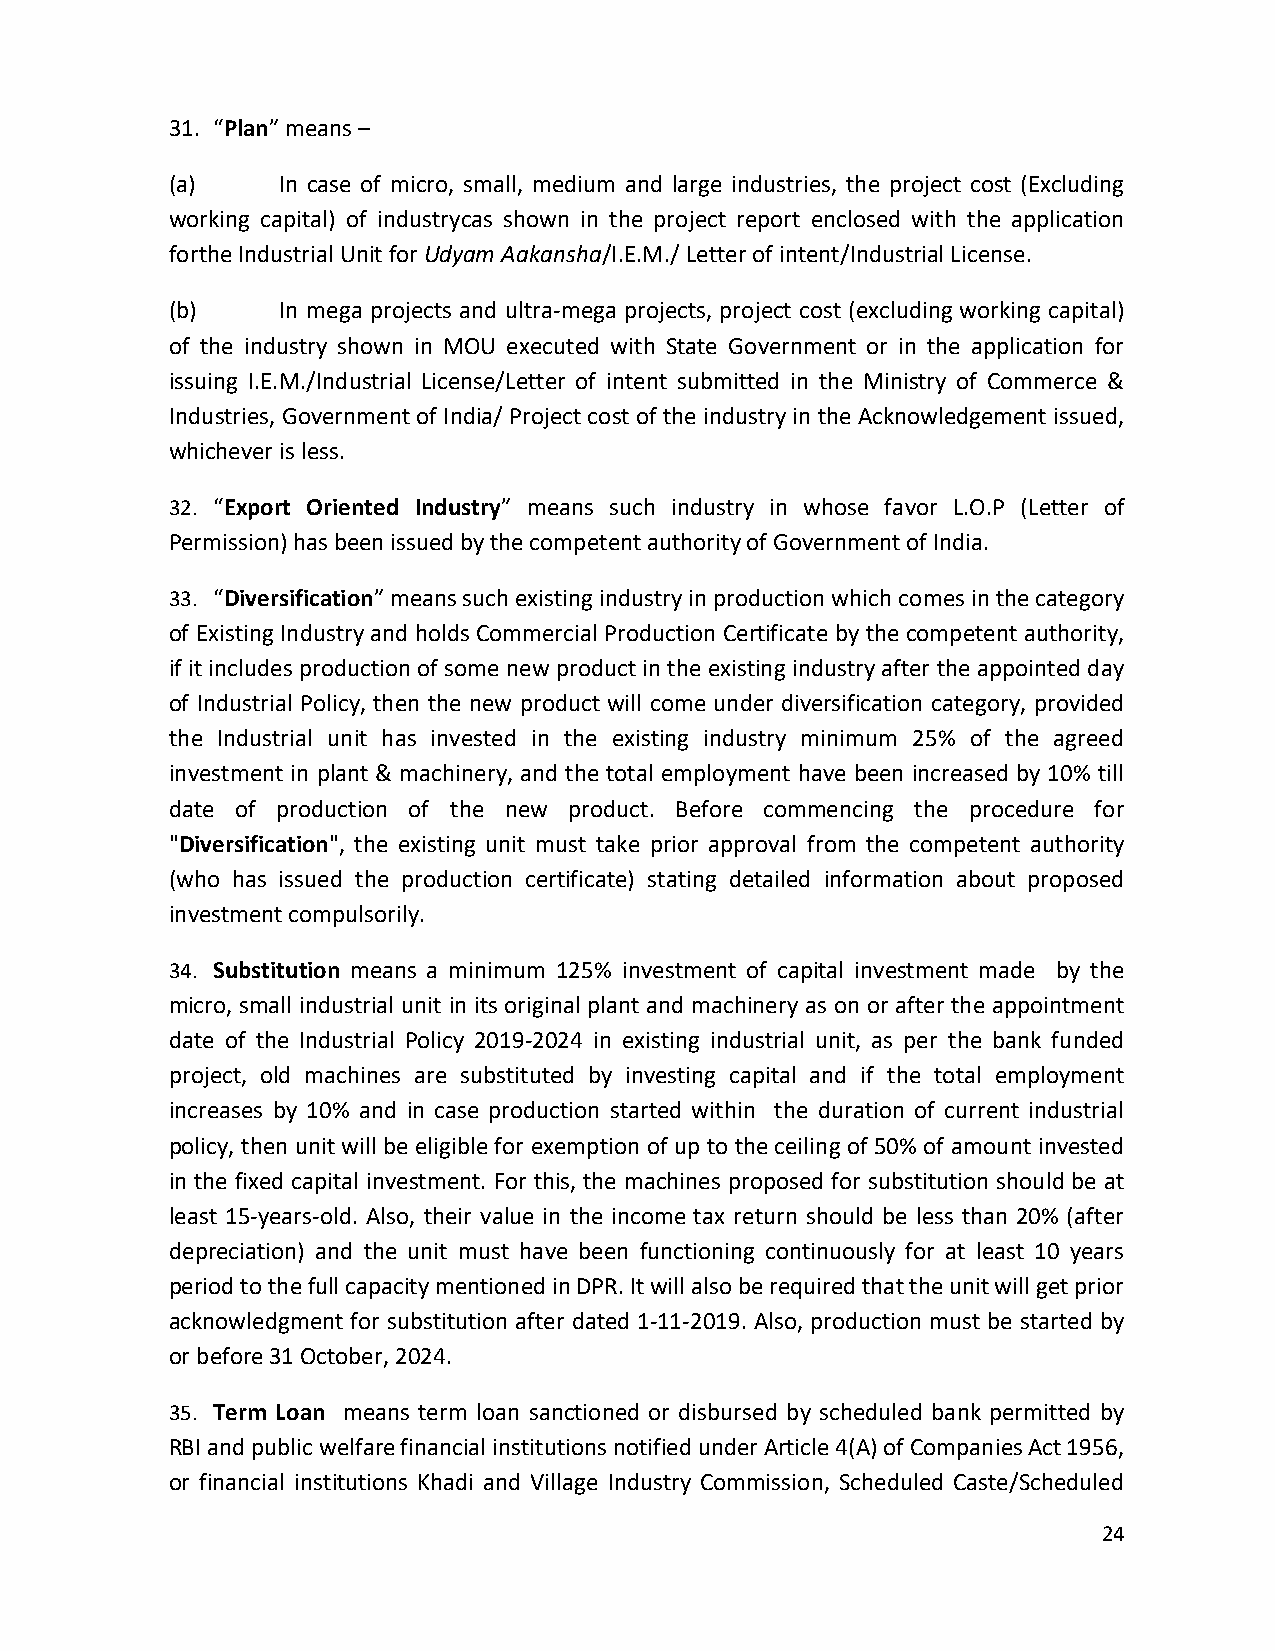
31. “Plan” means –
 (a)    In case of micro, small, medium and large industries, the project cost (Excluding
 working capital) of industrycas shown in the project report enclosed with the application
 forthe Industrial Unit for Udyam Aakansha/I.E.M./ Letter of intent/Industrial License.
 (b)    In mega projects and ultra-mega projects, project cost (excluding working capital)
 of the industry shown in MOU executed with State Government or in the application for
 issuing I.E.M./Industrial License/Letter of intent submitted in the Ministry of Commerce &
 Industries, Government of India/ Project cost of the industry in the Acknowledgement issued,
 whichever is less.
 32. “Export Oriented Industry” means such industry in whose favor L.O.P (Letter of
 Permission) has been issued by the competent authority of Government of India.
 33. “Diversification” means such existing industry in production which comes in the category
 of Existing Industry and holds Commercial Production Certificate by the competent authority,
 if it includes production of some new product in the existing industry after the appointed day
 of Industrial Policy, then the new product will come under diversification category, provided
 the Industrial unit has invested in the existing industry minimum 25% of the agreed
 investment in plant & machinery, and the total employment have been increased by 10% till
 date of production of the new product. Before commencing the procedure for
 "Diversification", the existing unit must take prior approval from the competent authority
 (who has issued the production certificate) stating detailed information about proposed
 investment compulsorily.
 34. Substitution means a minimum 125% investment of capital investment made by the
 micro, small industrial unit in its original plant and machinery as on or after the appointment
 date of the Industrial Policy 2019-2024 in existing industrial unit, as per the bank funded
 project, old machines are substituted by investing capital and if the total employment
 increases by 10% and in case production started within the duration of current industrial
 policy, then unit will be eligible for exemption of up to the ceiling of 50% of amount invested
 in the fixed capital investment. For this, the machines proposed for substitution should be at
 least 15-years-old. Also, their value in the income tax return should be less than 20% (after
 depreciation) and the unit must have been functioning continuously for at least 10 years
 period to the full capacity mentioned in DPR. It will also be required that the unit will get prior
 acknowledgment for substitution after dated 1-11-2019. Also, production must be started by
 or before 31 October, 2024.
 35. Term Loan means term loan sanctioned or disbursed by scheduled bank permitted by
 RBI and public welfare financial institutions notified under Article 4(A) of Companies Act 1956,
 or financial institutions Khadi and Village Industry Commission, Scheduled Caste/Scheduled
 24